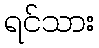
ရင်သား